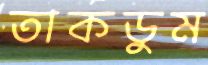
তাকডুম